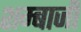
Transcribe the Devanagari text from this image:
शम्बाजी